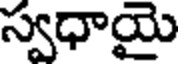
స్వధాయై